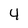
Character: 4